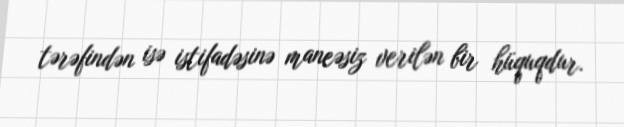
tərəfindən isə istifadəsinə maneəsiz verilən bir hüquqdur.